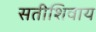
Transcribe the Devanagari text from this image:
सतीशिवाय